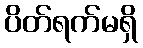
ပိတ်ရက်မရှိ